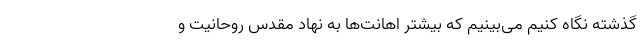
گذشته نگاه کنیم می‌بینیم که بیشتر اهانت‌ها به نهاد مقدس روحانیت و